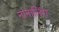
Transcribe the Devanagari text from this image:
नानालिंग